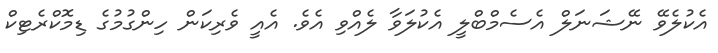
އެކުލެވޭ ނޭޝަނަލް އެސެމްބްލީ އެކުލަވާ ލެއްވި އެވެ. އެއީ ވެރިކަން ހިންގުމުގެ ޑިމޮކްރެޓިކް